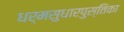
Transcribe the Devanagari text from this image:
धर्मसुधारपुस्तिका